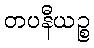
တပနီယဉ္စ